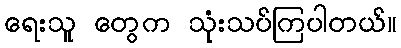
ရေးသူ တွေက သုံးသပ်ကြပါတယ်။